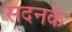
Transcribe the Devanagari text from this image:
सदनके